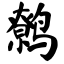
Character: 鹩